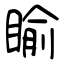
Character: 睮